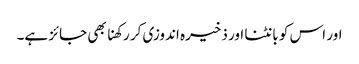
اور اس کو بانٹنا اور ذخیرہ اندوزی کر رکھنا بھی جائز ہے۔